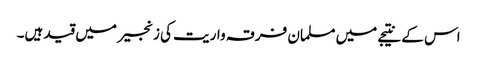
اس کے نتیجے میں مسلمان فرقہ واریت کی زنجیر میں قید ہیں۔